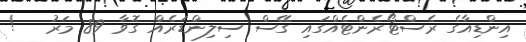
އިންޑިއާގެ ރެސްޓޯރެންޓެއްގައި ގޭސް ސިލިންޑަރެއް ގޮވާ 89 މަރު   !